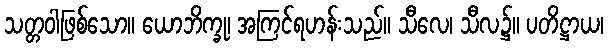
သတ္တဝါဖြစ်သော။ ယောဘိက္ခု၊ အကြင်ရဟန်းသည်။ သီလေ၊ သီလ၌။ ပတိဋ္ဌာယ၊